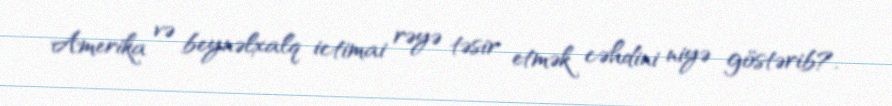
Amerika və beynəlxalq ictimai rəyə təsir etmək cəhdini niyə göstərib?.